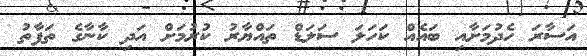
އަސާރަ ހެދުމަށާއި ބައެއް ކަހަލަ ސަލަޑް ތައްޔާރު ކުރުމަށް އަދި ކާނާގެ ތަފާތު